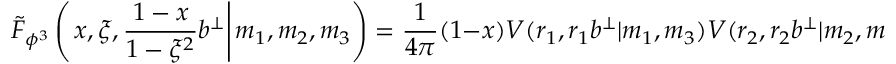
\tilde { F } _ { \phi ^ { 3 } } \left( \left. x , \xi , \frac { 1 - x } { 1 - \xi ^ { 2 } } b ^ { \perp } \right| m _ { 1 } , m _ { 2 } , m _ { 3 } \right) = \frac { 1 } { 4 \pi } ( 1 - x ) V ( r _ { 1 } , r _ { 1 } b ^ { \perp } | m _ { 1 } , m _ { 3 } ) V ( r _ { 2 } , r _ { 2 } b ^ { \perp } | m _ { 2 } , m _ { 3 } ) \, .